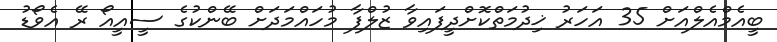
ބީއެމްއެލްއަށް 35 އަހަރު ޚިދުމަތްކޮށްދީފައިވާ ޒުލްފާ މުހައްމަދަށް ބޭންކުގެ ސީއީއޯ ރޭ އެވޯޑު